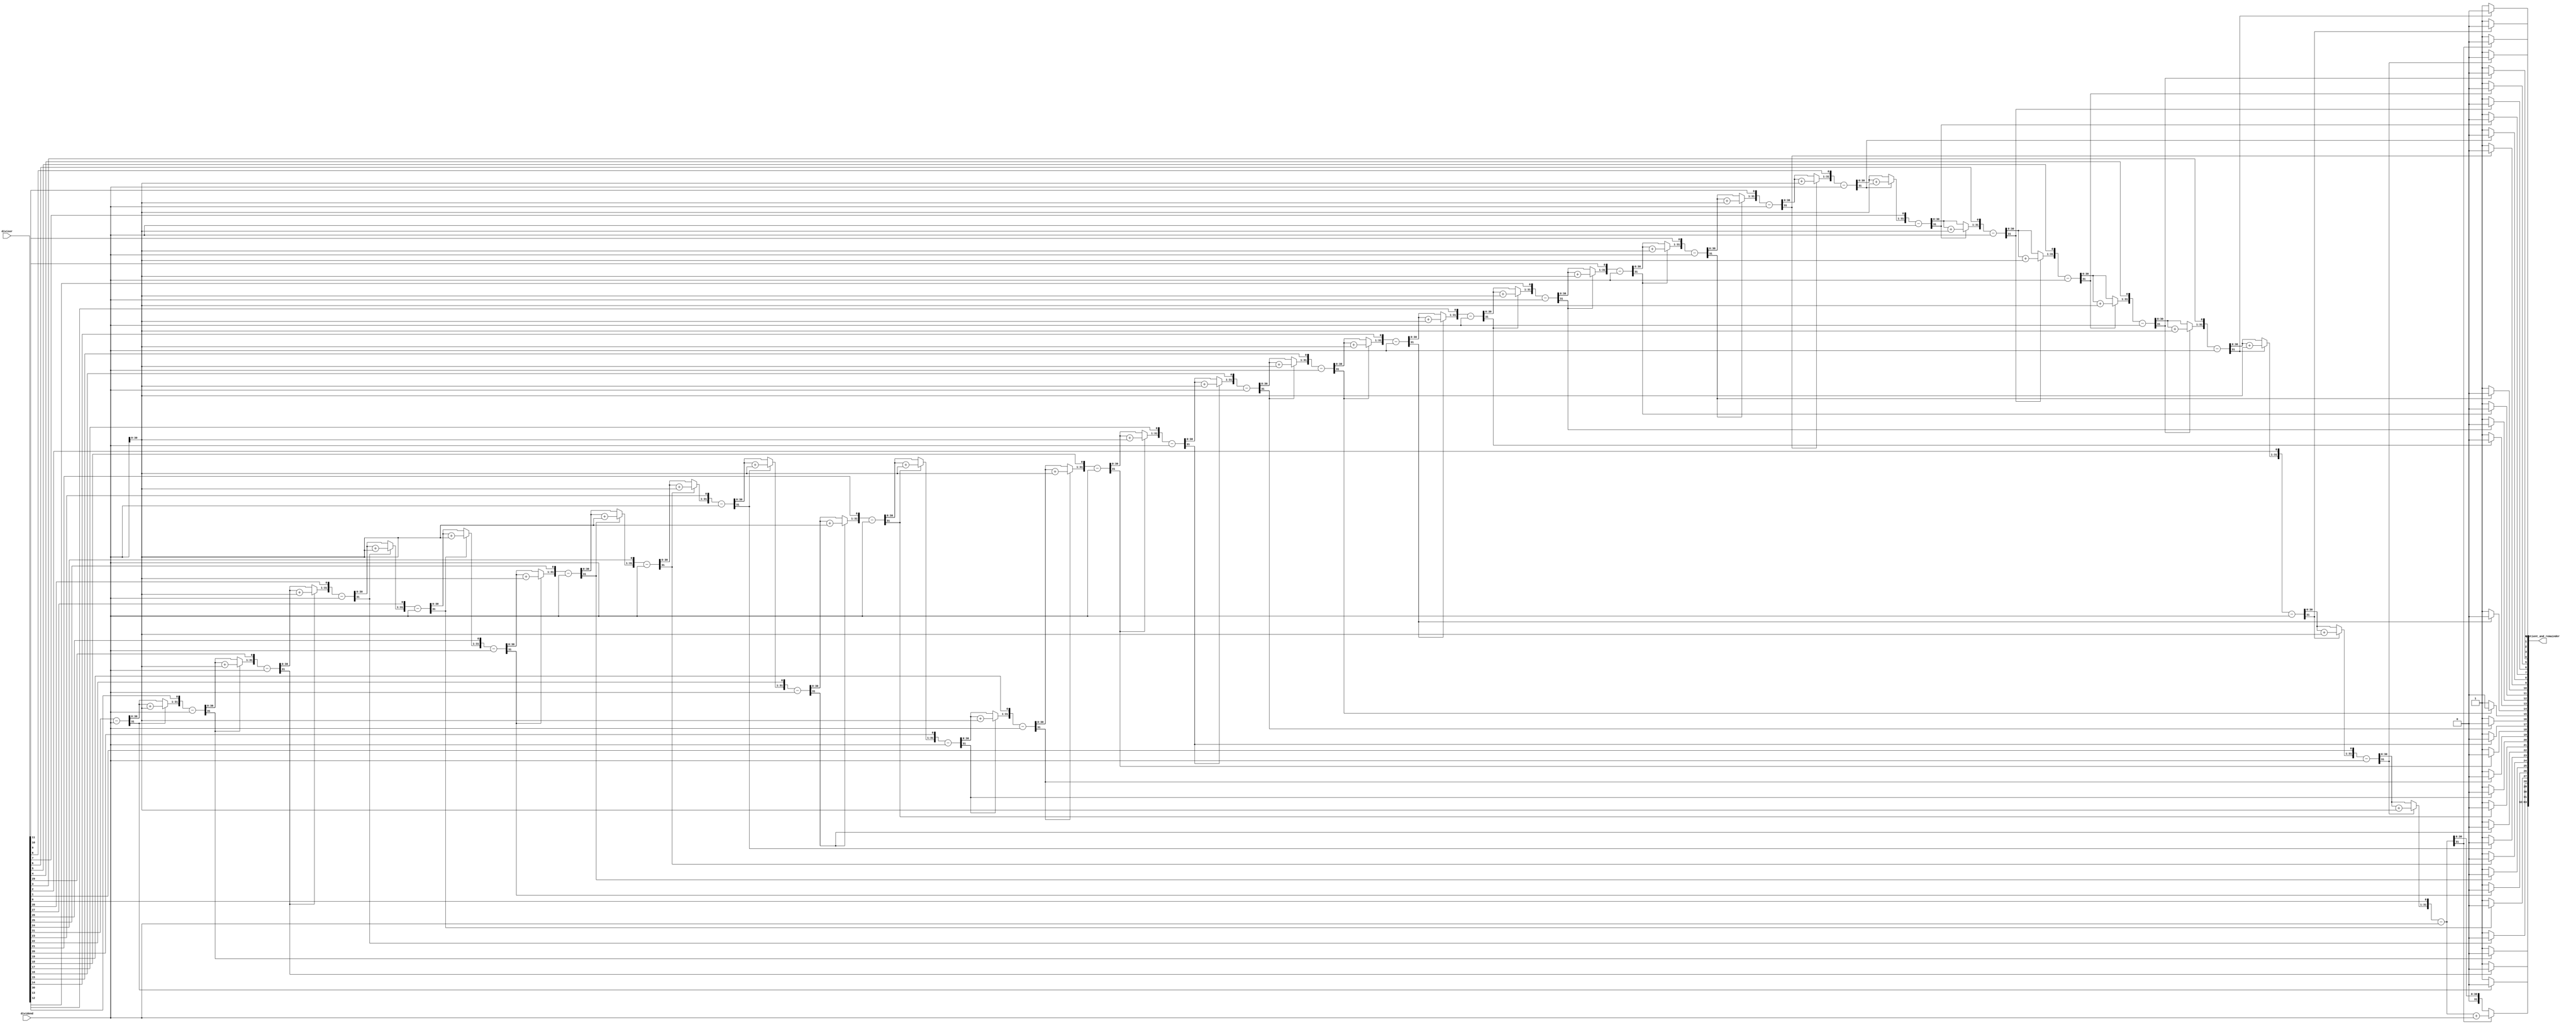
module div(quotient_and_remainder, dividend, divisor);
	input [31:0] dividend, divisor;
    output reg [63:0] quotient_and_remainder;

    integer i; // iterator for the for loop
    reg [64:0] A; // signextended, quotient and remainder - renamed so type less
    reg [32:0] M; // signextended dividend

    always @(dividend or divisor) begin
        A[31:0] = divisor; // lowest 32 = divisor
        A[64:32] = 0;		// fill the rest of the bit with zeros
        M[31:0] = dividend;

        // Loop 32 time because dividend is 32 bits
        for(i=0; i<32; i=i+1) begin
            M[32] = M[31]; // sign extend dividend
            A = A << 1; // shift a by 1
            A[64:32] = A[64:32] - dividend; // subtract m - the sign extended dividend
            //If A is negative, restore and set A[0] to 0 note that this will be shifted in the next iteration
            if (A[63] == 1) begin 
                A[0] = 0;
                A[64:32] = A[64:32] + M; // restore
            //If A is positive, DO NOT restore and set A[0] to 1 note that this will be shifted in the next iteration
            end else if (A[63] == 0) begin
                A[0] = 1;
            end
        end  
        quotient_and_remainder <= A[63:0]; // at the very end, assign the output 
    end
	 

endmodule